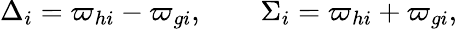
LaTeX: \Delta_{i}=\varpi_{hi}-\varpi_{gi},\qquad\Sigma_{i}=\varpi_{hi}+\varpi_{gi},